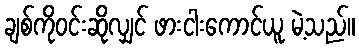
ချစ်ကိုဝင်းဆိုလျှင် ဖားငါးကောင်ယူ မဲ့သည်။